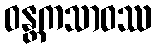
ဝန္တကသာဝဿ